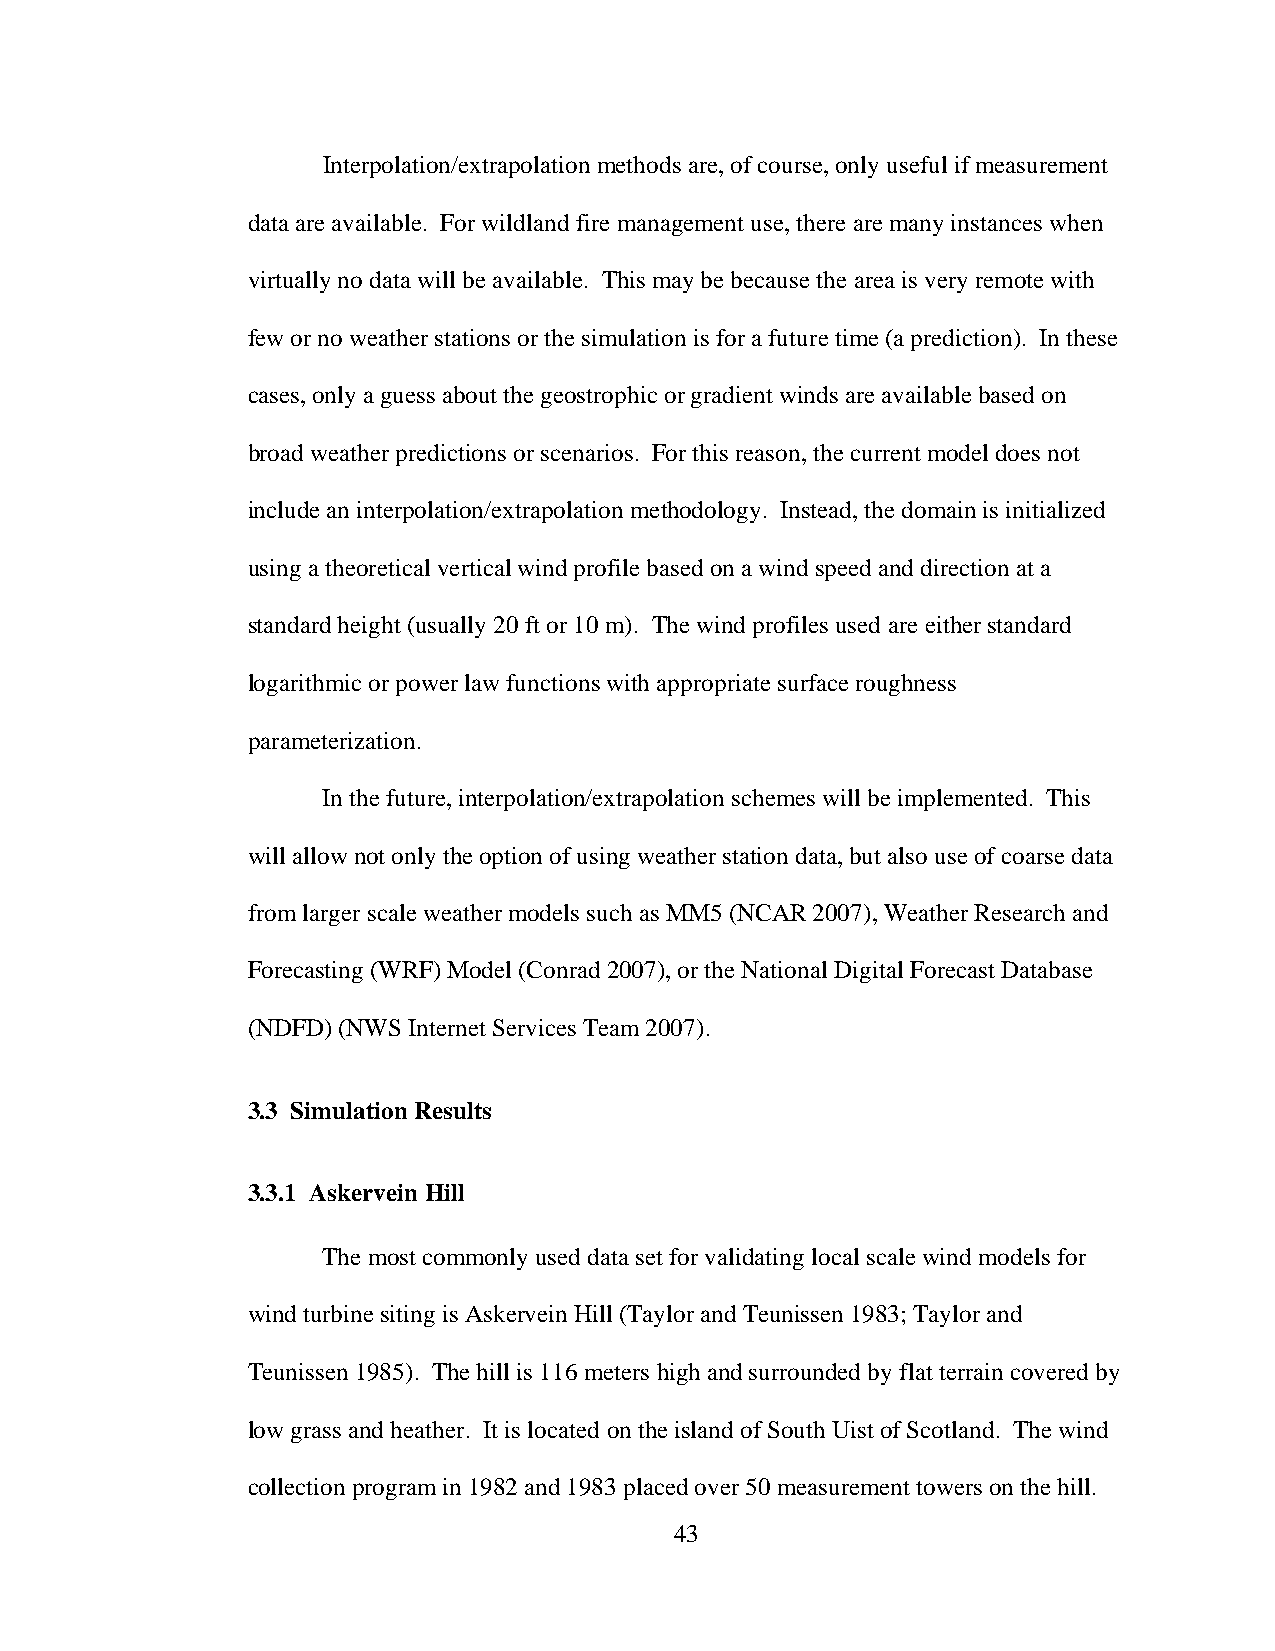
Interpolation/extrapolation methods are, of course, only useful if measurement
 data are available. For wildland fire management use, there are many instances when
 virtually no data will be available. This may be because the area is very remote with
 few or no weather stations or the simulation is for a future time (a prediction). In these
 cases, only a guess about the geostrophic or gradient winds are available based on
 broad weather predictions or scenarios. For this reason, the current model does not
 include an interpolation/extrapolation methodology. Instead, the domain is initialized
 using a theoretical vertical wind profile based on a wind speed and direction at a
 standard height (usually 20 ft or 10 m). The wind profiles used are either standard
 logarithmic or power law functions with appropriate surface roughness
 parameterization.
 In the future, interpolation/extrapolation schemes will be implemented. This
 will allow not only the option of using weather station data, but also use of coarse data
 from larger scale weather models such as MM5 (NCAR 2007), Weather Research and
 Forecasting (WRF) Model (Conrad 2007), or the National Digital Forecast Database
 (NDFD) (NWS Internet Services Team 2007).
 3.3 Simulation Results
 3.3.1 Askervein Hill
 The most commonly used data set for validating local scale wind models for
 wind turbine siting is Askervein Hill (Taylor and Teunissen 1983; Taylor and
 Teunissen 1985). The hill is 116 meters high and surrounded by flat terrain covered by
 low grass and heather. It is located on the island of South Uist of Scotland. The wind
 collection program in 1982 and 1983 placed over 50 measurement towers on the hill.
 43